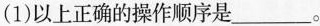
(1)以上正确的操作顺序是___。